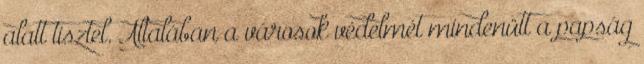
alatt tisztel. Általában a városok védelmét mindenütt a papság